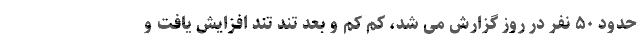
حدود ۵۰ نفر در روز گزارش می شد، کم کم و بعد تند تند افزایش یافت و